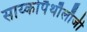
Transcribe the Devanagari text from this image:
साय्कोपैथौलौजी